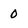
Character: 0